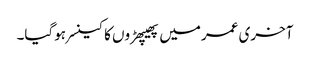
آخری عمرمیں پھیپھڑوں کا کینسر ہوگیا۔